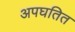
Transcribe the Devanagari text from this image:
अपघतित